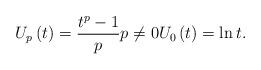
LaTeX: \begin{align*}U_{p}\left( t\right) =\frac{t^{p}-1}{p}p\neq 0U_{0}\left( t\right) =\ln t. \end{align*}